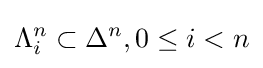
\Lambda _{i}^{n}\subset \Delta ^{n},0\leq i<n